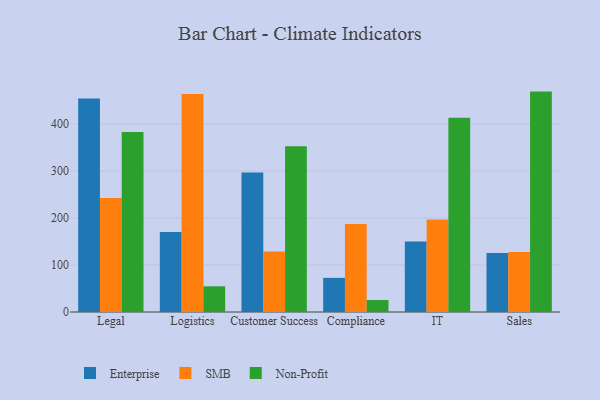
{"axis": {"x": "Department", "y": "Bounce Rate (%)"}, "legend": ["Enterprise", "Non-Profit", "SMB"], "data": [{"x": "Legal", "y": 454.0, "type": "Enterprise"}, {"x": "Legal", "y": 242.6, "type": "SMB"}, {"x": "Legal", "y": 382.9, "type": "Non-Profit"}, {"x": "Logistics", "y": 170.1, "type": "Enterprise"}, {"x": "Logistics", "y": 463.5, "type": "SMB"}, {"x": "Logistics", "y": 54.6, "type": "Non-Profit"}, {"x": "Customer Success", "y": 296.5, "type": "Enterprise"}, {"x": "Customer Success", "y": 128.5, "type": "SMB"}, {"x": "Customer Success", "y": 352.2, "type": "Non-Profit"}, {"x": "Compliance", "y": 72.6, "type": "Enterprise"}, {"x": "Compliance", "y": 187.1, "type": "SMB"}, {"x": "Compliance", "y": 25.4, "type": "Non-Profit"}, {"x": "IT", "y": 149.8, "type": "Enterprise"}, {"x": "IT", "y": 196.8, "type": "SMB"}, {"x": "IT", "y": 412.8, "type": "Non-Profit"}, {"x": "Sales", "y": 125.4, "type": "Enterprise"}, {"x": "Sales", "y": 127.7, "type": "SMB"}, {"x": "Sales", "y": 468.6, "type": "Non-Profit"}]}